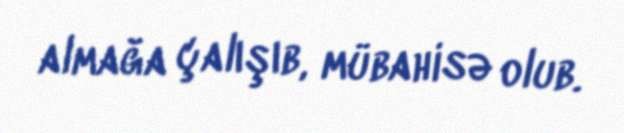
almağa çalışıb, mübahisə olub.